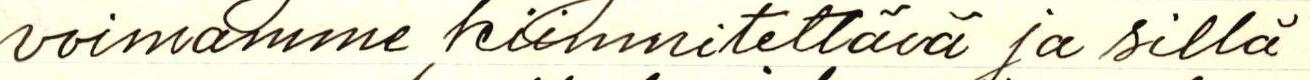
voimamme kiinnitettävä ja sillä